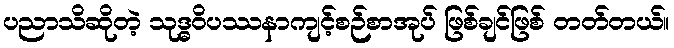
ပညာသိဆိုတဲ့ သုဒ္ဓဝိပဿနာကျင့်စဉ်စာအုပ် ဖြစ်ချင်ဖြစ် တတ်တယ်။